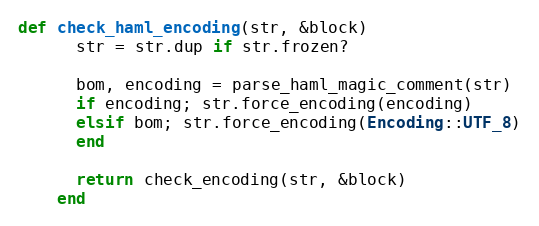
Language: Ruby
def check_haml_encoding(str, &block)
      str = str.dup if str.frozen?

      bom, encoding = parse_haml_magic_comment(str)
      if encoding; str.force_encoding(encoding)
      elsif bom; str.force_encoding(Encoding::UTF_8)
      end

      return check_encoding(str, &block)
    end